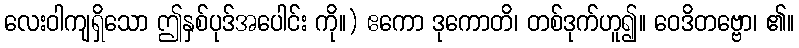
လေးဝါကျရှိသော ဤနှစ်ပုဒ်အပေါင်း ကို။) ဧကော ဒုကောတိ၊ တစ်ဒုက်ဟူ၍။ ဝေဒိတဗ္ဗော၊ ၏။